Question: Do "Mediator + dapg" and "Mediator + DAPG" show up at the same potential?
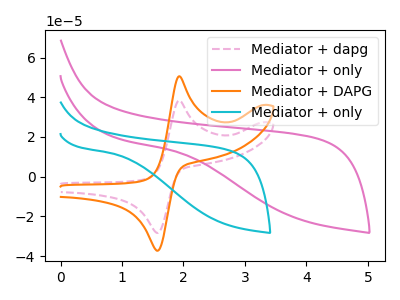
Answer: <think>The pink dashed curve "Mediator + dapg" has an anodic peak at (1.95V, 38.40uA) and a cathodic peak at (1.55V, -28.25uA). The pink curve "Mediator + only" has no peaks. The orange curve "Mediator + DAPG" has an anodic peak at (1.95V, 50.55uA) and a cathodic peak at (1.55V, -37.20uA). The cyan curve "Mediator + only" has no peaks.
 All the peaks in "Mediator + dapg" have a peak in "Mediator + DAPG" at the same potential. Every peak in "Mediator + dapg" is lower than every peak in "Mediator + DAPG".</think>
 <answer>"Mediator + dapg" and "Mediator + DAPG" are similar in shape.</answer>
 <eval>same_shape</eval>